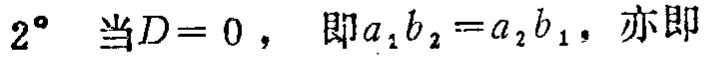
$2^{\circ}$ 当$D = 0$， 即$a_{1}b_{2}=a_{2}b_{1}$，亦即